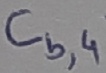
Text: Cb,4